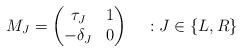
LaTeX: \begin{align*}M_J = \begin{pmatrix}\tau_J & 1 \\-\delta_J & 0\end{pmatrix} ~~~ : J \in \left\lbrace L,R \right\rbrace\end{align*}